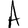
Character: A